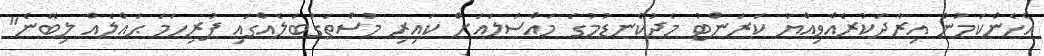
އެހެންކަމުން އިރާދަކުރެއްވިއްޔާ ކަރަންޓު މެދުކެނޑުމުގެ މައްސަލައަށް ކައިރި މުސްތަގުބަލެއްގައި ފުރިހަމަ ޙައްލެއް ލިބޭނެ"